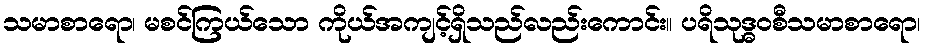
သမာစာရော၊ မစင်ကြယ်သော ကိုယ်အကျင့်ရှိသည်လည်းကောင်း။ ပရိသုဒ္ဓဝစီသမာစာရော၊